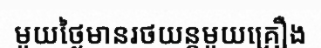
មួយថ្ងៃមានរថយន្តមួយគ្រឿង